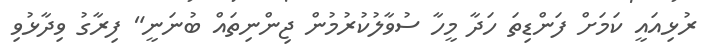
ރުޅިއައީ ކަމަށް ފަންޑިތަ ހަދާ މީހާ ސުވާލުކުރުމުން ޖިންނިތައް ބުނަނީ" ފިރާގު ވިދާޅުވި